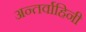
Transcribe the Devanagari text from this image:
अन्तर्वाहिनी